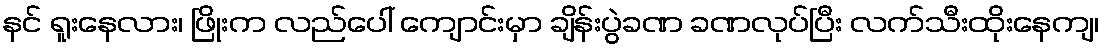
နင် ရူးနေလား၊ ဖြိုးက လည်ပေါ် ကျောင်းမှာ ချိန်းပွဲခဏ ခဏလုပ်ပြီး လက်သီးထိုးနေကျ၊